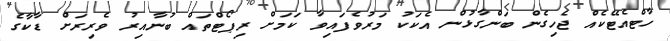
ހާޓްއެޓޭކެއް ޖެހިގެން ބަންގާޅުން އެކަކު މަރުވެފައިވާ ކަމަށް ރިޕޯޓްތައް ބުނާއިރު ވެރިރަށް ޑާކާގެ